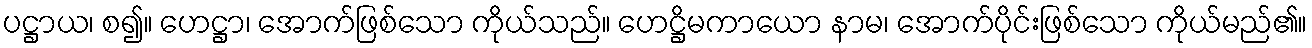
ပဋ္ဌာယ၊ စ၍။ ဟေဋ္ဌာ၊ အောက်ဖြစ်သော ကိုယ်သည်။ ဟေဋ္ဌိမကာယော နာမ၊ အောက်ပိုင်းဖြစ်သော ကိုယ်မည်၏။